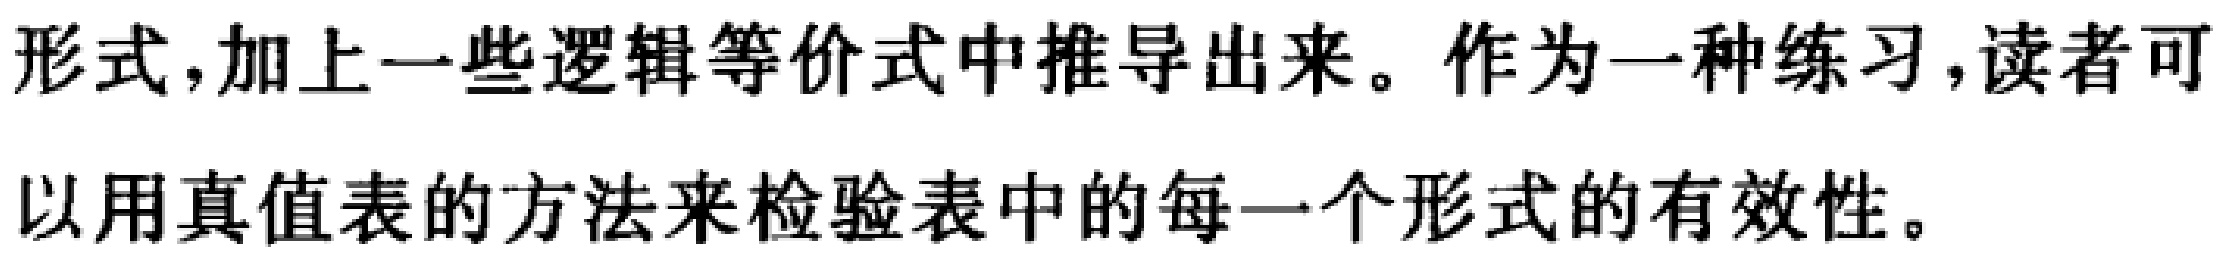
形式,加上一些逻辑等价式中推导出来。作为一种练习,读者可以用真值表的方法来检验表中的每一个形式的有效性。